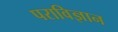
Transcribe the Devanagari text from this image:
पराविज्ञान